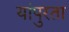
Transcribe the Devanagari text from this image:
यांपुरता